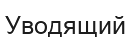
Уводящий